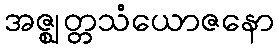
အဇ္ဈတ္တသံယောဇနော